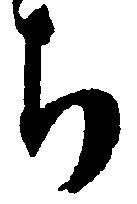
ち